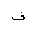
Letter: _fa